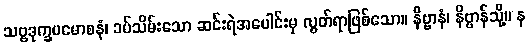
သဗ္ဗဒုက္ခပမောစနံ၊ ခပ်သိမ်းသော ဆင်းရဲအပေါင်းမှ လွတ်ရာဖြစ်သော။ နိဗ္ဗာနံ၊ နိဗ္ဗာန်သို့။ န